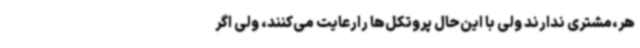
هر،مشتری ندارند ولی با این‌حال پروتکل‌ها رارعایت می‌کنند، ولی اگر